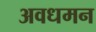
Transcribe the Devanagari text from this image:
अवधमन